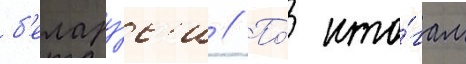
б'елару́с'и // По́ ито́гам